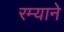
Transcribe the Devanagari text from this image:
रम्याने